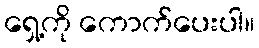
ရှေ့ကို ကောက်ပေးပါ။